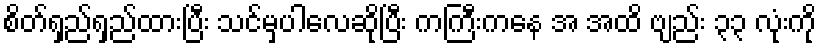
စိတ်ရှည်ရှည်ထားပြီး သင်မှပါလေဆိုပြီး ကကြီးကနေ အ အထိ ဗျည်း ၃၃ လုံးကို